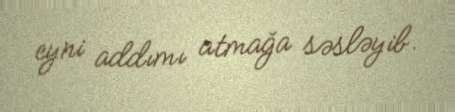
eyni addımı atmağa səsləyib.